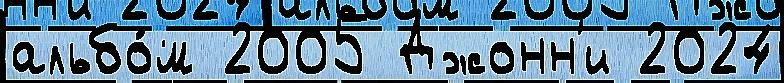
альбо́м 2005 Джонн'и 2024